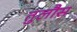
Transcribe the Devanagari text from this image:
तुलौस